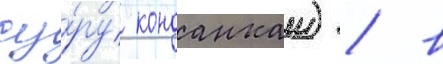
су́ру конданкаи) / в